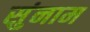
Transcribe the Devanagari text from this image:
सुंनाम